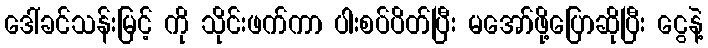
ဒေါ်ခင်သန်းမြင့် ကို သိုင်းဖက်ကာ ပါးစပ်ပိတ်ပြီး မအော်ဖို့ပြောဆိုပြီး ငွေနဲ့